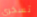
تسخري